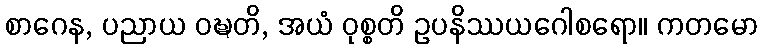
စာဂေန, ပညာယ ဝဍ္ဎတိ, အယံ ဝုစ္စတိ ဥပနိဿယဂေါစရော။ ကတမော